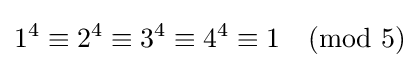
1^{4}\equiv 2^{4}\equiv 3^{4}\equiv 4^{4}\equiv 1{\pmod {5}}